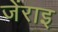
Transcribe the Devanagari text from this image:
जेंराइ